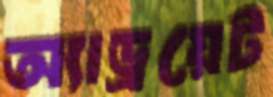
অ্যাড্রয়েট